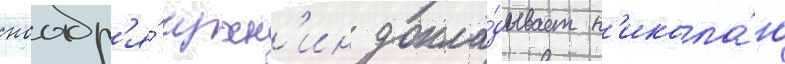
ноабр'я́ чухн'ин докла́дывает н'икола́ю